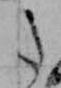
た